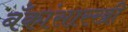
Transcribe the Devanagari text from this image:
बँकांसारखी